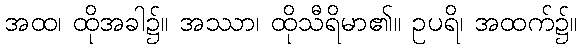
အထ၊ ထိုအခါ၌။ အဿာ၊ ထိုသီရိမာ၏။ ဥပရိ၊ အထက်၌။